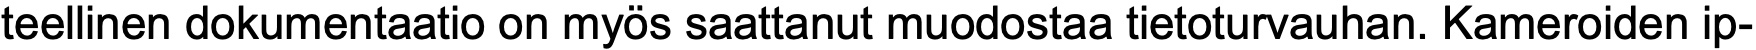
teellinen dokumentaatio on myös saattanut muodostaa tietoturvauhan. Kameroiden ip-